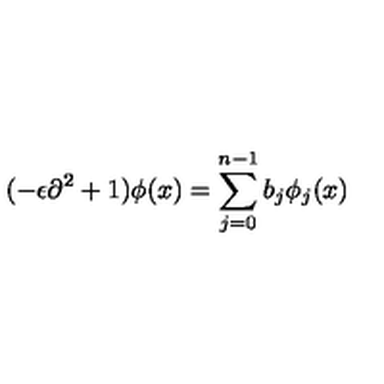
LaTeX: ( - \epsilon \partial ^ { 2 } + 1 ) \phi ( x ) = \sum _ { j = 0 } ^ { n - 1 } b _ { j } \phi _ { j } ( x )